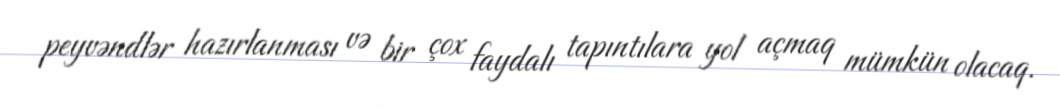
peyvəndlər hazırlanması və bir çox faydalı tapıntılara yol açmaq mümkün olacaq.